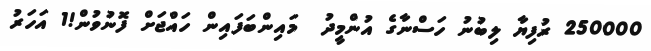
250000 ރުފިޔާ ލިބުނު ހަސްނާގެ އުންމީދު  މައިންބަފައިން ހައްޖަށް ފޮނުވުން!1 އަހަރު